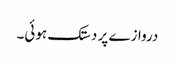
دروازے پر دستک ہوئی۔